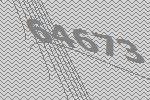
64673